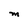
Character: M